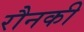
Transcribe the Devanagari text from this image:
रौनकी